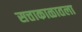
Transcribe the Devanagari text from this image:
सत्ताकाळातला